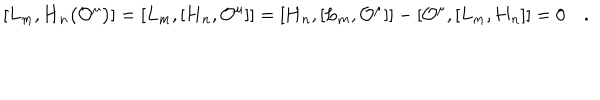
LaTeX: [ L _ { m } , \mathbf { H } _ { n } \bigl ( { \cal O } ^ { \mu } \bigr ) ] = [ L _ { m } , [ \mathbf { H } _ { n } , { \cal O } ^ { \mu } ] ] = [ \mathbf { H } _ { n } , [ L _ { m } , { \cal O } ^ { \mu } ] ] - [ { \cal O } ^ { \mu } , [ L _ { m } , \mathbf { H } _ { n } ] ] = 0 \quad .